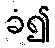
ခံ၍